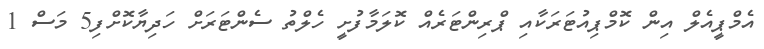
އެމްޕީއެލް އިން ކޮމްޕިއުޓަރަކާއި ޕްރިންޓަރެއް ކޮލަމާފުށީ ހެލްތު ސެންޓަރަށް ހަދިޔާކޮށްފި5 މަސް 1